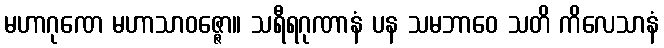
မဟာဂုဏေ မဟာသာဝဇ္ဇော။ သရီရဂုဏာနံ ပန သမဘာဝေ သတိ ကိလေသာနံ